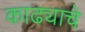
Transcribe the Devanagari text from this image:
काढ्याचे